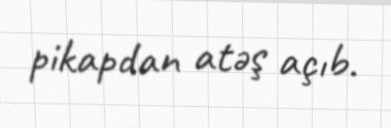
pikapdan atəş açıb.